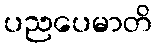
ပညပေမာတိ